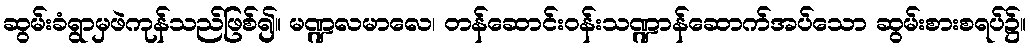
ဆွမ်းခံရွာမှဖဲကုန်သည်ဖြစ်၍။ မဏ္ဍလမာလေ၊ တန်ဆောင်းဝန်းသဏ္ဍာန်ဆောက်အပ်သော ဆွမ်းစားစရပ်၌။